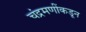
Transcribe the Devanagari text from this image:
चंद्रमणींकडून